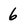
Character: 6